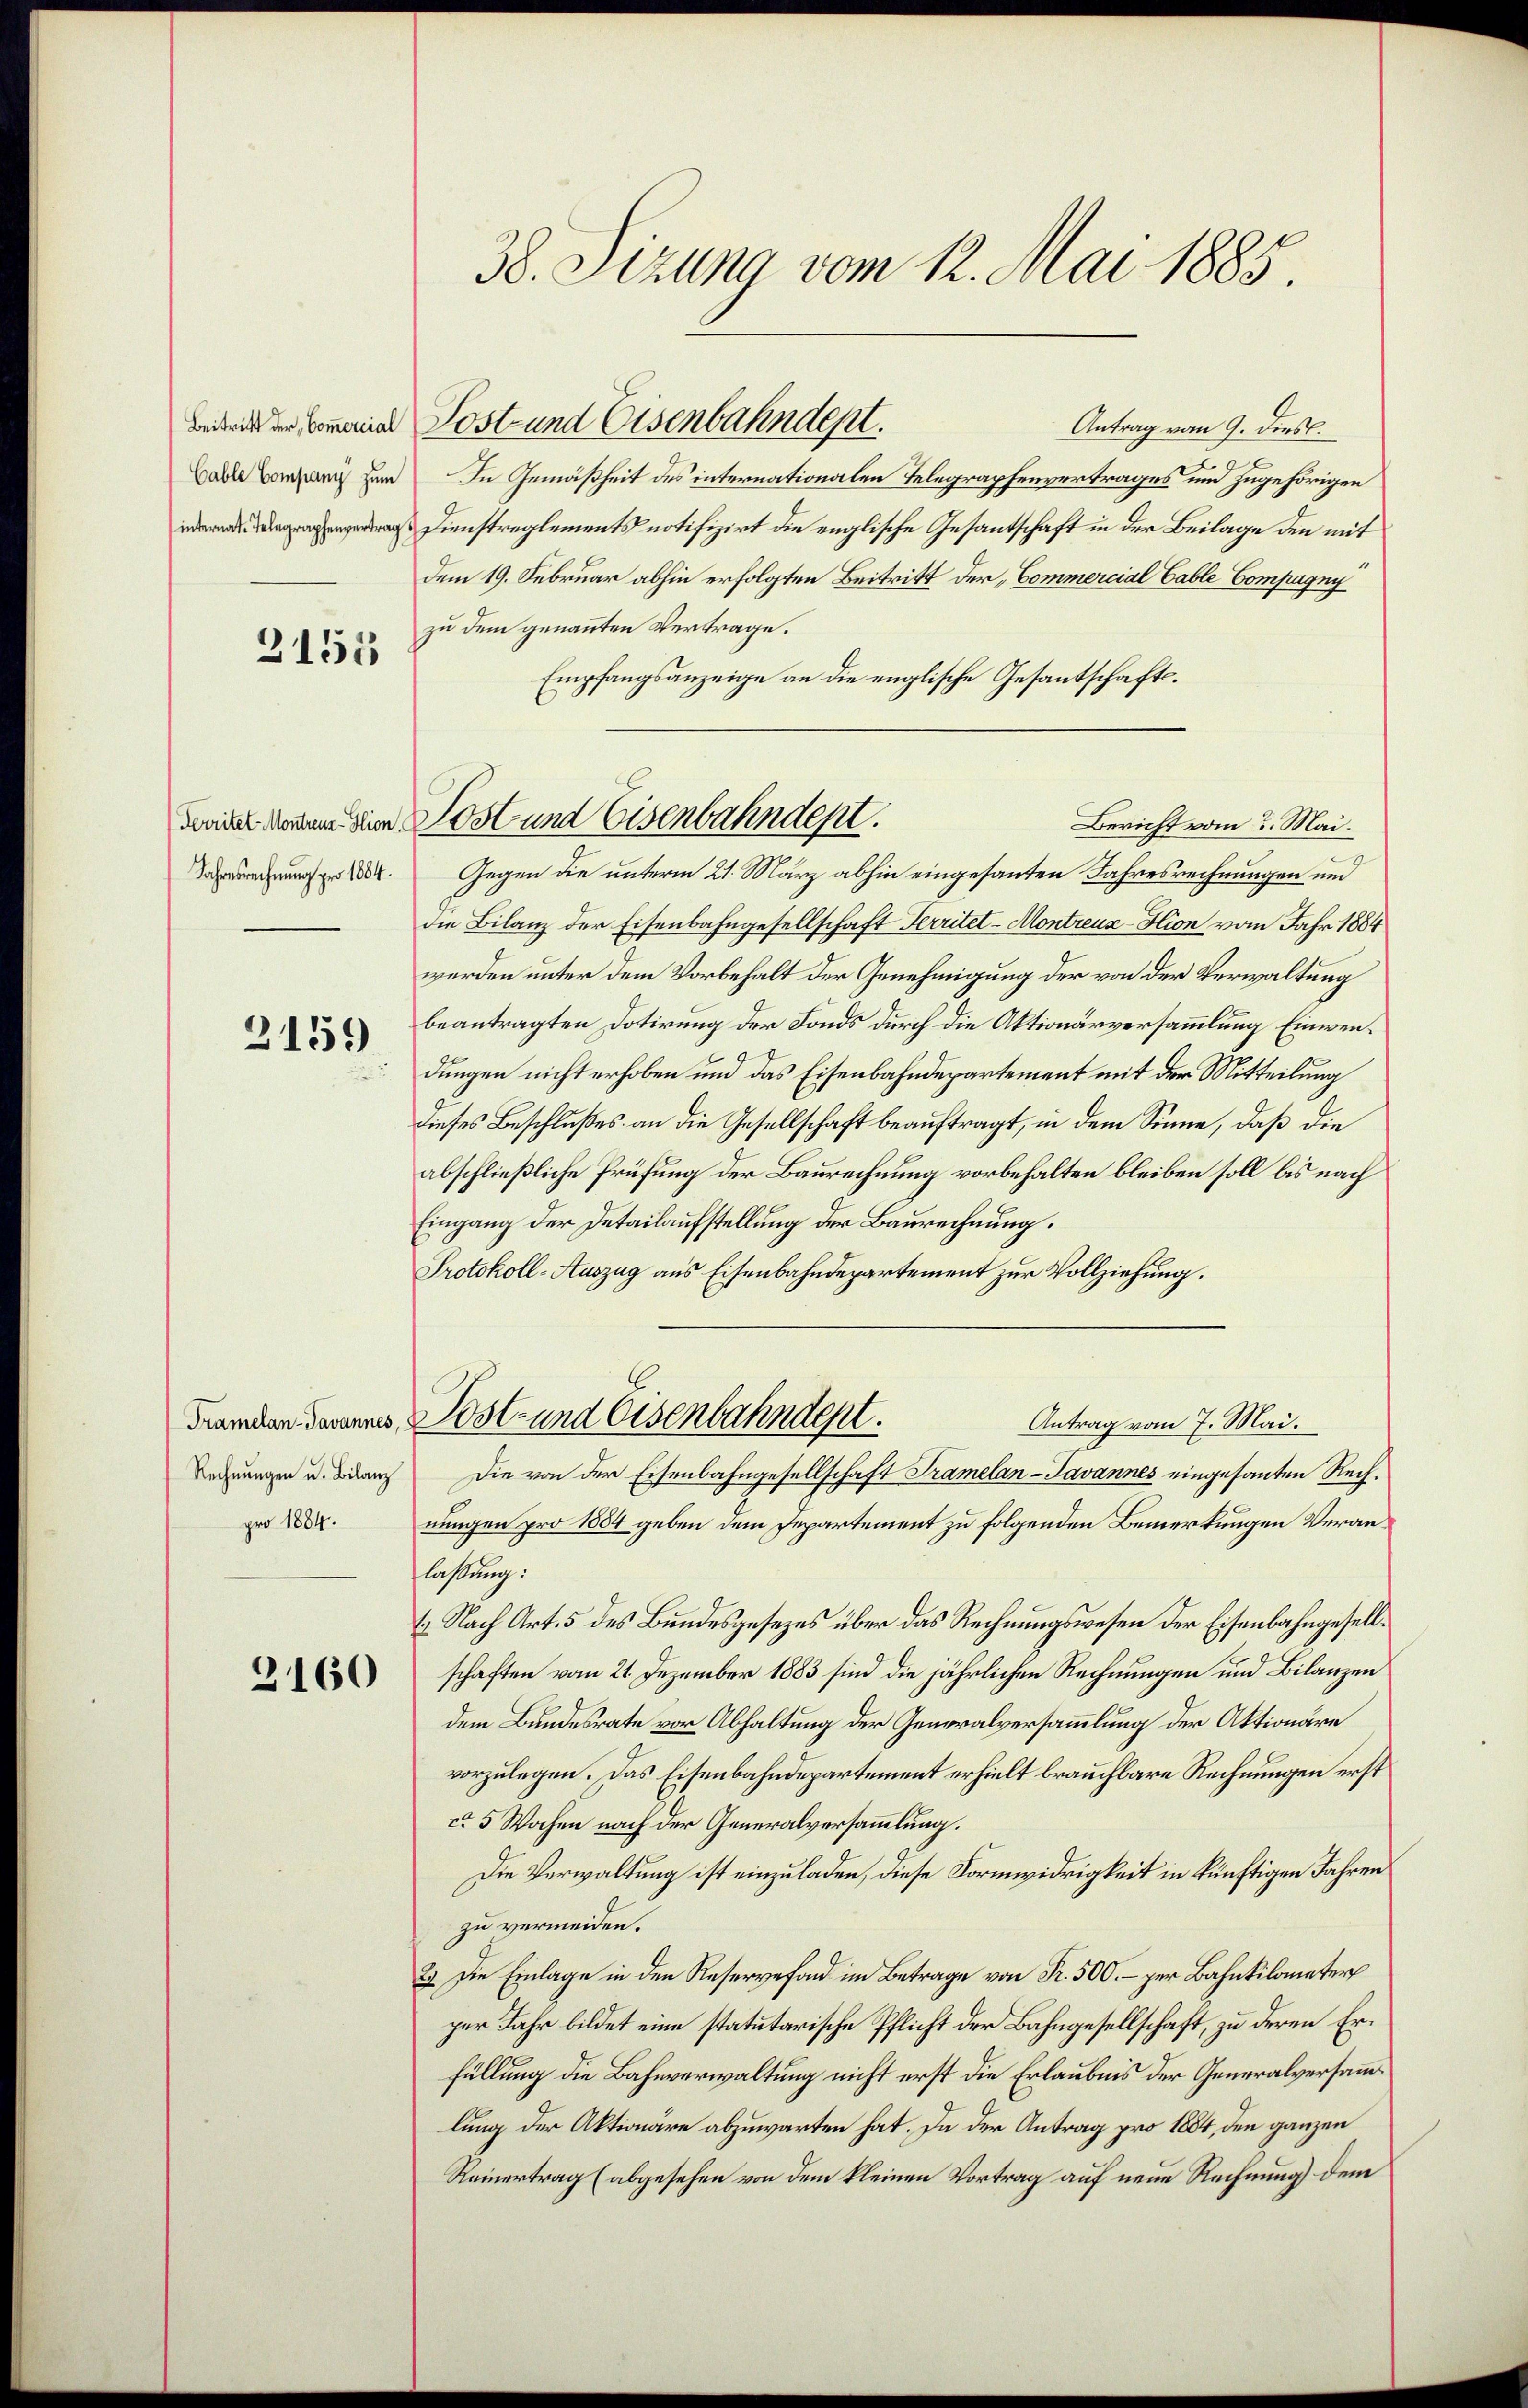
3151

Fereitet. Montreuz-Hion.
Jahresrechnung pro 1884.

2159

Rechnungen u. Bilanz
pro 1884.

3160

38. Sizung vom 12. Mai 1885.

beiden der Commaria Post- und Eisenbahndept.
Antrag vom 9. dies.
9
a   In Gemäßheit des internationalen Telegraphenvertrages und zugehörigen
 Dienstreglements notifizirt die englische Gesantschaft in der Beilage den mit
dem 19. Februar abhin erfolgten Beitritt der „Commercial Gable Compagny
zu dem genannten Vertrage.
Empfangsanzeige an die englische Gesantschafts¬
Bericht vom 3. Mai.
Gegen die unterm 21. März abhin eingesanten Jahresrechnungen und
die Bilanz der Eisenbahngesellschaft Territet-Montreuz-Hion vom Jahr 1884
werden unter dem Vorbehalt der Genehmigung der von der Verwaltung
beantragten Dotirung der Fonds durch die Aktionärversammlung Einwendungen nicht erhoben und das Eisenbahndepartement mit der Mitteilung
dieses Beschlußes an die Gesellschaft beauftragt, in dem Sinne, daß die
abschließliche Prüfung der Baurechnung vorbehalten bleiben soll bis nach
Eingang der Detailaufstellung der Baurechnung.
Protokoll-Auszug aus Eisenbahndepartement zur Vollziehung.
Franken darannes Post- und Eisenbahndent.
Antrag vom 7. Mai.
Die von der Eisenbahngesellschaft Tramelan-Javannes eingesanten Rechnungen pro 1884 geben dem Departement zu folgenden Bemerkungen Veranflassung:
1 Nach Art. 5 des Bundesgesezes über das Rechnungswesen der Eisenbahngesellschaften vom 21. Dezember 1883 sind die jährlichen Rechnungen und Bilanzen
dem Bundesrate vor Abhaltung der Generalversammlung der Aktionäre
vorzulegen. Das Eisenbahndepartement erhielt brauchbare Rechnungen erst
ca 5 Wochen nach der Generalversammlung.
Die Verwaltung ist einzuladen, diese Formwidrigkeit in künftigen Jahren
zu vermeiden.
2.) Die Einlage in den Reservefond im Betrage von Fr. 500.- zur Bahnkilometer
per Jahr bildet eine statutarische Pflicht der Bahngesellschaft, zu deren Erfüllung die Bahnverwaltung nicht erst die Erlaubnis der Generalversammlung der Aktionäre abzuwarten hat. Da der Antrag pro 1884, den ganzen
Reinertrag (abgesehen von dem kleinen Vortrag auf neue Rechnung dem

Post und Eisenbahndept.